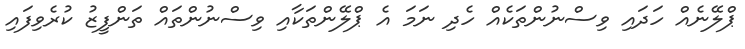
ޕްލޭނެއް ހަދައި ވިސްނުންތަކެއް ހެދި ނަމަ އެ ޕްލޭންތަކާއި ވިސްނުންތައް ތަންފީޒު ކުރެވިފައި